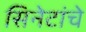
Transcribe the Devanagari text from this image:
सिनेटांचे